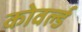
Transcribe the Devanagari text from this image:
कोवर्ल्ड